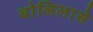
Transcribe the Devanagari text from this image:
बोलिलासे